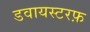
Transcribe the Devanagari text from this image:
डवायस्टरफ़